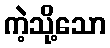
ကဲ့သို့သော